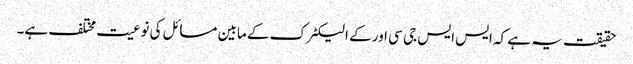
حقیقت یہ ہے کہ ایس ایس جی سی اور کے الیکٹرک کے مابین مسائل کی نوعیت مختلف ہے۔